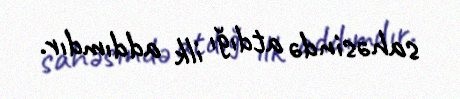
sahəsində atdığı ilk addımdır.